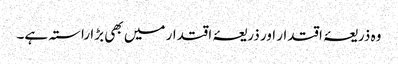
وہ ذریعۂ اقتدار اور ذریعۂ اقتدار میں بھی بڑا راستہ ہے۔